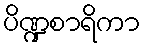
ပိဏ္ဍစာရိကာ